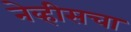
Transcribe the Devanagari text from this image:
नेव्हीसचा